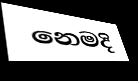
නෙමදි